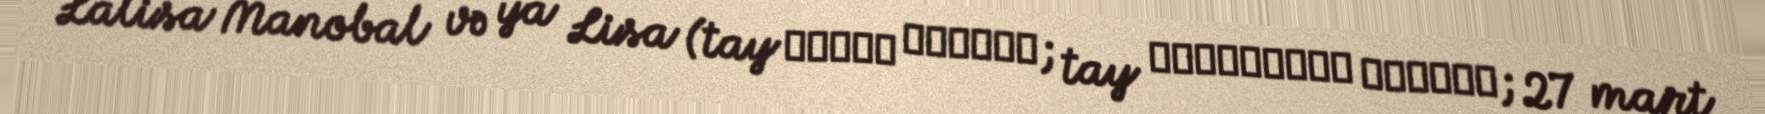
Lalisa Manobal və ya Lisa (tay ลลิษา มโนบาล; tay ปราณปรียา มโนบาล; 27 mart